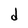
Character: d